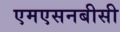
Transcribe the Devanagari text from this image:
एमएसनबीसी